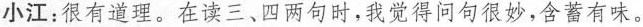
小江：很有道理。在读三、四两句时，我觉得问句很妙，含蓄有味。